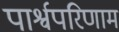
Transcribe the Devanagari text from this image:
पार्श्वपरिणाम